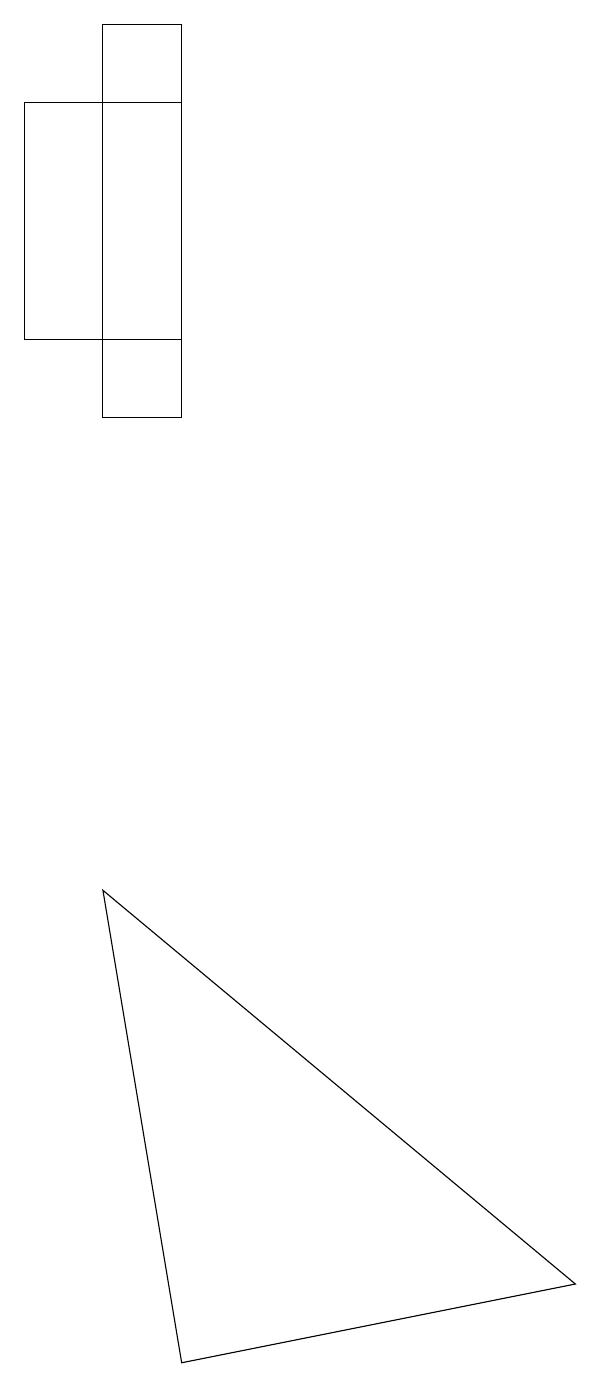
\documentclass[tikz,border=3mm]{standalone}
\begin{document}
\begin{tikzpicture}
\draw (8,3) -- (3,2) -- (2,8) -- cycle;
\draw (3,18) rectangle (1,15);
\draw (3,19) rectangle (2,14);
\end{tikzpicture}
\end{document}